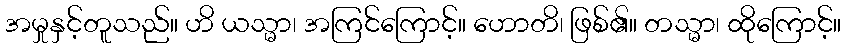
အမှုနှင့်တူသည်။ ဟိ ယသ္မာ၊ အကြင်ကြောင့်။ ဟောတိ၊ ဖြစ်၏။ တသ္မာ၊ ထိုကြောင့်။